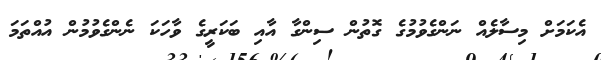
އެކަމަށް މިސާލެއް ނަންގެވުމުގެ ގޮތުން ސިންގާ އާއި ބަކަރީގެ ވާހަކަ ނެންގެވުމުން އުއްތަމަ